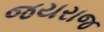
જયરાજ